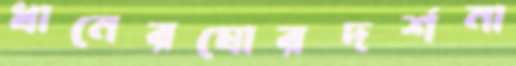
ধানেরঘোরদর্শনা